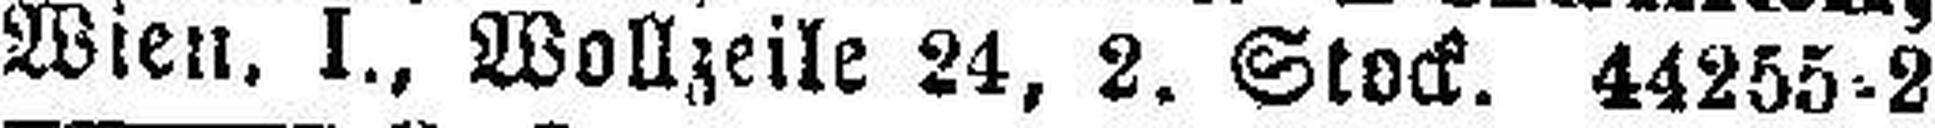
Wien, I., Wollzeile 24, 2. Stock. 44255=2